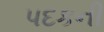
પદકની